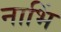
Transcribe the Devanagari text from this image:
नाभिं